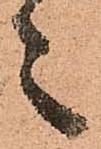
之